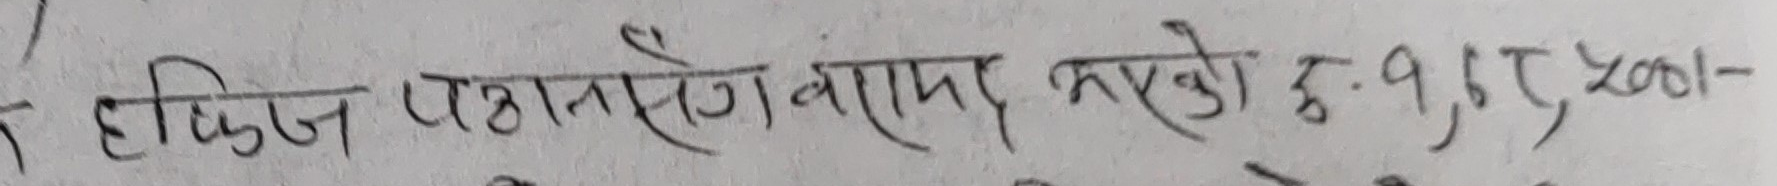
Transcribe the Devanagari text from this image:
टिफिन पठाएको बरामद भएको रु. ७,८००-